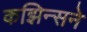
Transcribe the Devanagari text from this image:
कझिन्सने